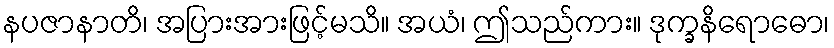
နပဇာနာတိ၊ အပြားအားဖြင့်မသိ။ အယံ၊ ဤသည်ကား။ ဒုက္ခနိရောဓော၊